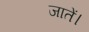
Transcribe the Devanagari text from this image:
जातें।